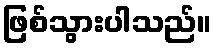
ဖြစ်သွားပါသည်။